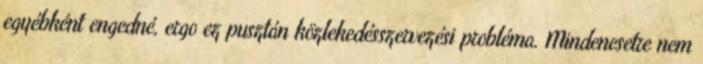
egyébként engedné, ergo ez pusztán közlekedésszervezési probléma. Mindenesetre nem